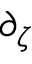
\partial _ { \zeta }